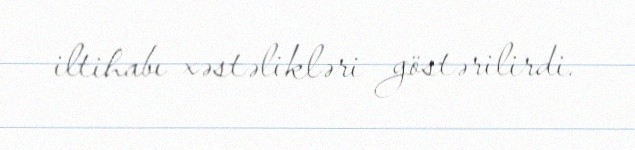
iltihabı xəstəlikləri göstərilirdi.